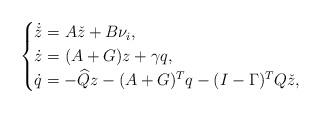
LaTeX: \begin{align*} \begin{cases}\dot{\check{z}} = A \check z+ B \nu_i ,\\ \dot{z} =(A+G) z +\gamma q, \\ \dot{ q} =-\widehat Q z -(A+G)^T q -(I-\Gamma)^T Q \check z ,\end{cases}\end{align*}